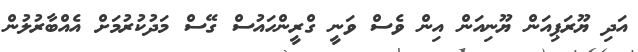
އަދި ޔޫރަޕިއަން ޔޫނިއަން އިން ވެސް ވަނީ ގްރީންހައުސް ގޭސް މަދުކުރުމަށް އެއްބާރުލުން